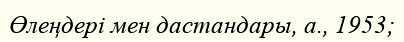
Өлеңдері мен дастандары, а., 1953;